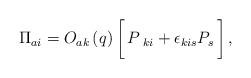
LaTeX: \begin{align*}\Pi_{ai} = O_{ak}\left(q\right) \biggl [\, P_{\ ki} +\epsilon _{kis} P_s\,\biggr]\,,\end{align*}